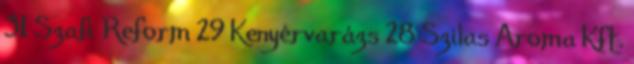
31 Szafi Reform 29 Kenyérvarázs 28 Szilas Aroma Kft.